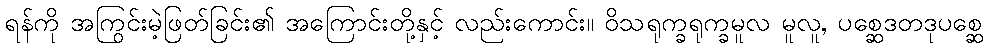
ရန်ကို အကြွင်းမဲ့ဖြတ်ခြင်း၏ အကြောင်းတို့နှင့် လည်းကောင်း။ ဝိသရုက္ခရုက္ခမူလ မူလူ, ပစ္ဆေဒတဒုပစ္ဆေ